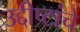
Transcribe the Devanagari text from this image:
उद्दीष्टांचे